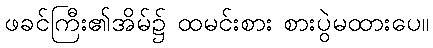
ဖခင်ကြီး၏အိမ်၌ ထမင်းစား စားပွဲမထားပေ။